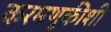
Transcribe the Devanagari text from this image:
करमणुकीशी